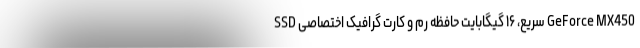
SSD سریع، ۱۶ گیگابایت حافظه رم و کارت گرافیک اختصاصی GeForce MX450